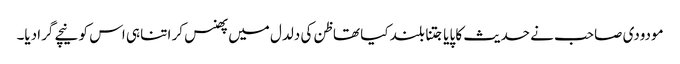
مودودی صاحب نے حدیث کا پایا جتنا بلند کیا تھا ظن کی دلدل میں پھنس کر اتنا ہی اس کو نیچے گرادیا۔